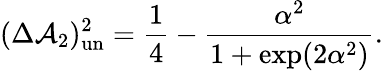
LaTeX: (\Delta\mathcal{A}_{2})_{\mathrm{{un}}}^{2}=\frac{{1}}{{4}}-\frac{{\alpha^{2}}}{{1+\exp(2\alpha^{2})}}.